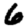
Digit: 6